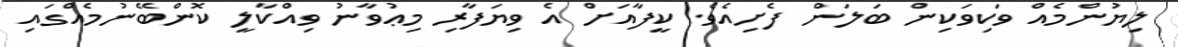
ލިޔުންމެއް ވަކިވަކިން ބަލަން ފެށިއެވެ. ކީފާއަށް އެ ވިޔަފާރި މިޢުވާނު ވިއްކާލީ ކޮންބޭނުމެއްގައި